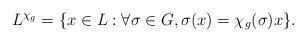
LaTeX: \begin{align*}L^{\chi_g} = \{x \in L : \forall \sigma \in G, \sigma(x) = \chi_g(\sigma) x \}.\end{align*}